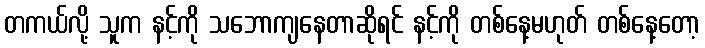
တကယ်လို့ သူက နင့်ကို သဘောကျနေတာဆိုရင် နင့်ကို တစ်နေ့မဟုတ် တစ်နေ့တော့